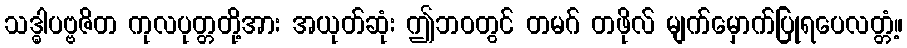
သဒ္ဓါပဗ္ဗဇိတ ကုလပုတ္တတို့အား အယုတ်ဆုံး ဤဘဝတွင် တမဂ် တဖိုလ် မျက်မှောက်ပြုရပေလတ္တံ့။